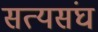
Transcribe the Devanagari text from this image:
सत्यसंघ